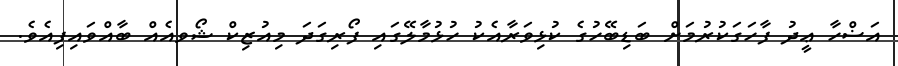
އަޟްހާ ޢީދު ފާހަގަކުރުމަށް ބަޑިބޭހުގެ ކުޅިވަރާއެކު ހުޅުމާލޭގައި ފޯރިގަދަ މިއުޒިކް ޝޯވއެއް ބާއްވައިފިއެވެ.